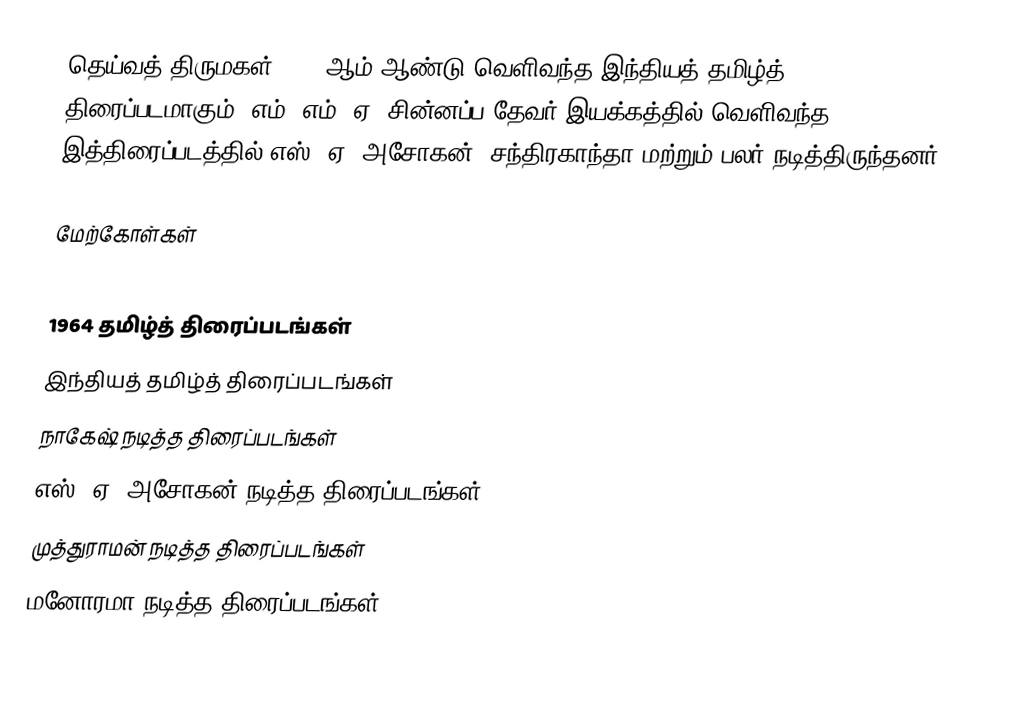
தெய்வத் திருமகள் 1964 ஆம் ஆண்டு வெளிவந்த இந்தியத் தமிழ்த் திரைப்படமாகும். எம். எம். ஏ. சின்னப்ப தேவர் இயக்கத்தில் வெளிவந்த இத்திரைப்படத்தில் எஸ். ஏ. அசோகன், சந்திரகாந்தா மற்றும் பலர் நடித்திருந்தனர்.

மேற்கோள்கள்

1964 தமிழ்த் திரைப்படங்கள்
இந்தியத் தமிழ்த் திரைப்படங்கள்
நாகேஷ் நடித்த திரைப்படங்கள்
எஸ். ஏ. அசோகன் நடித்த திரைப்படங்கள்
முத்துராமன் நடித்த திரைப்படங்கள்
மனோரமா நடித்த திரைப்படங்கள்